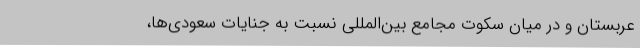
عربستان و در میان سکوت مجامع بین‌المللی نسبت به جنایات سعودی‌ها،